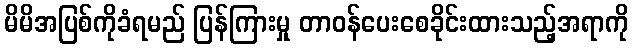
မိမိအပြစ်ကိုခံရမည် ပြန်ကြားမှု တာဝန်ပေးစေခိုင်းထားသည့်အရာကို